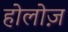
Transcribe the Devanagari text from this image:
होलोज़